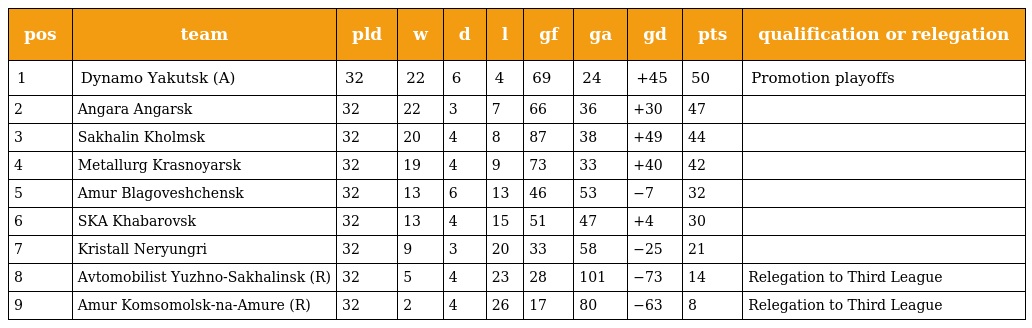
| pos | team | pld | w | d | l | gf | ga | gd | pts | qualification or relegation |
 | --- | --- | --- | --- | --- | --- | --- | --- | --- | --- | --- |
 | 1 | Dynamo Yakutsk (A) | 32 | 22 | 6 | 4 | 69 | 24 | +45 | 50 | Promotion playoffs |
 | 2 | Angara Angarsk | 32 | 22 | 3 | 7 | 66 | 36 | +30 | 47 |  |
 | 3 | Sakhalin Kholmsk | 32 | 20 | 4 | 8 | 87 | 38 | +49 | 44 |  |
 | 4 | Metallurg Krasnoyarsk | 32 | 19 | 4 | 9 | 73 | 33 | +40 | 42 |  |
 | 5 | Amur Blagoveshchensk | 32 | 13 | 6 | 13 | 46 | 53 | −7 | 32 |  |
 | 6 | SKA Khabarovsk | 32 | 13 | 4 | 15 | 51 | 47 | +4 | 30 |  |
 | 7 | Kristall Neryungri | 32 | 9 | 3 | 20 | 33 | 58 | −25 | 21 |  |
 | 8 | Avtomobilist Yuzhno-Sakhalinsk (R) | 32 | 5 | 4 | 23 | 28 | 101 | −73 | 14 | Relegation to Third League |
 | 9 | Amur Komsomolsk-na-Amure (R) | 32 | 2 | 4 | 26 | 17 | 80 | −63 | 8 | Relegation to Third League |